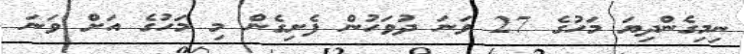
ނިމިގެންދިޔަ މަހުގެ 27 ވަނަ ދުވަހުން ފެށިގެން މި މަހުގެ އަށް ވަނަ